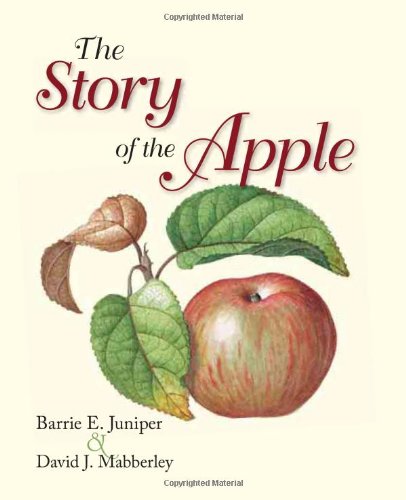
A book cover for The Story of the Apple; Barrie E. Juniper; Crafts, Hobbies & Home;